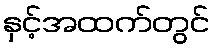
နှင့်အထက်တွင်